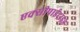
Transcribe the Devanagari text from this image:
एक्सीपाईट्राइड